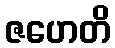
ဇဟေတိ